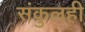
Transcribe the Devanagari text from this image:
संकुलही